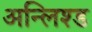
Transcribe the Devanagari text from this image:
अन्लिश्ड